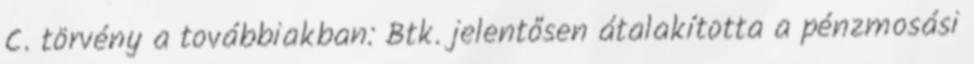
C. törvény a továbbiakban: Btk. jelentősen átalakította a pénzmosási